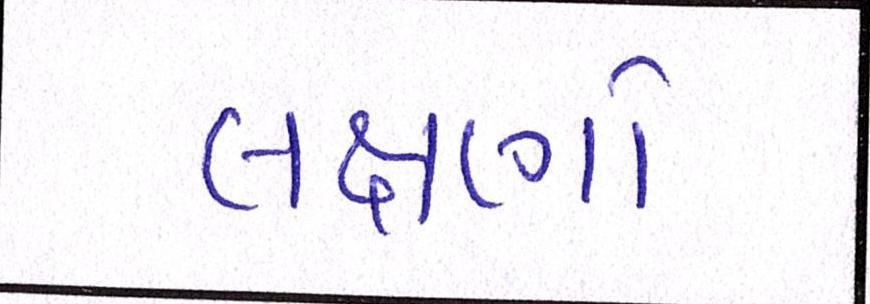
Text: લક્ષણો